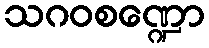
သဂဝစဏ္ဍော